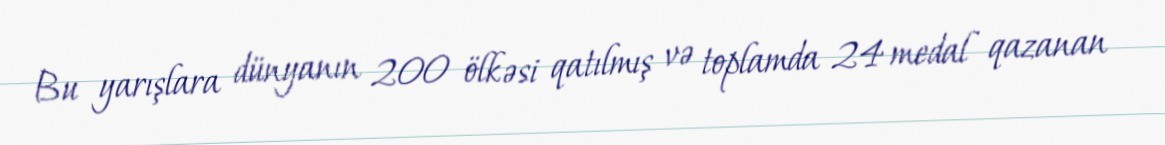
Bu yarışlara dünyanın 200 ölkəsi qatılmış və toplamda 24 medal qazanan